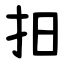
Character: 抇